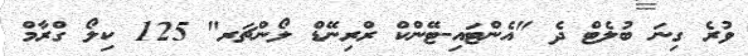
ވުރެ ގިނަ ބުލެޓް ދެ "އެންޓައި-ޓޭންކް ރްރިނޭޑް ލޯންޗަރ" 125 ކިލޯ ގްރާމް